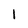
Character: l